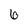
Character: 6